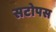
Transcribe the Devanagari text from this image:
सटोपस